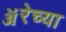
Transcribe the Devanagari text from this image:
ॲरेच्या